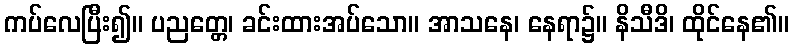
ကပ်လေပြီး၍။ ပညတ္တေ၊ ခင်းထားအပ်သော။ အာသနေ၊ နေရာ၌။ နိသီဒိ၊ ထိုင်နေ၏။